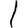
Digit: 1